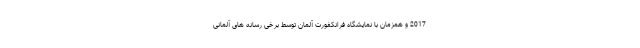
2017 و همزمان با نمایشگاه فرانکفورت آلمان توسط برخی رسانه های آلمانی